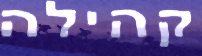
קהילה